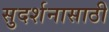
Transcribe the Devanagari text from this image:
सुदर्शनासाठी